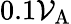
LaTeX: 0.1\mathcal{V}_{\mathrm{{A}}}